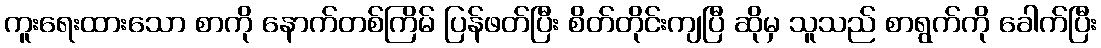
ကူးရေးထားသော စာကို နောက်တစ်ကြိမ် ပြန်ဖတ်ပြီး စိတ်တိုင်းကျပြီ ဆိုမှ သူသည် စာရွက်ကို ခေါက်ပြီး